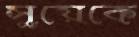
সুয়েকে